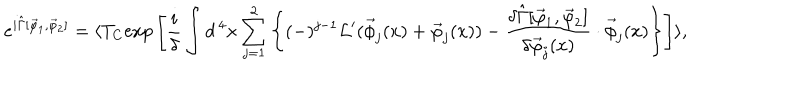
e ^ { i \hat { \Gamma } [ \vec { \varphi } _ { 1 } , \vec { \varphi } _ { 2 } ] } = \langle T _ { C } \mathrm { e x p } \left[ \frac { i } { \delta } \int d ^ { \, 4 } x \sum _ { j = 1 } ^ { 2 } \left\{ ( - ) ^ { j - 1 } { \cal L } ^ { \prime } ( \vec { \phi } _ { j } ( x ) + \vec { \varphi } _ { j } ( x ) ) - \frac { \delta \hat { \Gamma } [ \vec { \varphi } _ { 1 } , \vec { \varphi } _ { 2 } ] } { \delta \vec { \varphi } _ { j } ( x ) } \cdot \vec { \phi } _ { j } ( x ) \right\} \right] \rangle ,